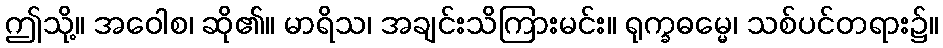
ဤသို့။ အဝေါစ၊ ဆို၏။ မာရိသ၊ အချင်းသိကြားမင်း။ ရုက္ခဓမ္မေ၊ သစ်ပင်တရား၌။